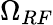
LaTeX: \Omega_{RF}